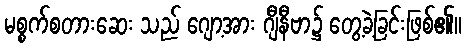
မစ္စက်စတားဆေး သည် ဂျော့အား ဂျီနီဗာ၌ တွေ့ခဲ့ခြင်းဖြစ်၏။